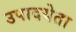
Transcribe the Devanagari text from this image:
उपादयेता